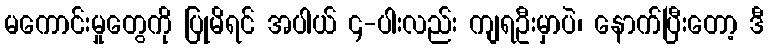
မကောင်းမှုတွေကို ပြုမိရင် အပါယ် ၄-ပါးလည်း ကျရဦးမှာပဲ၊ နောက်ပြီးတော့ ဒီ